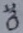
Text: Out